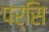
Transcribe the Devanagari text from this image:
पर्सि